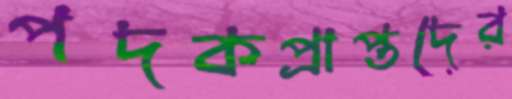
পদকপ্রাপ্তদের